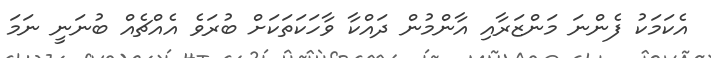
އެކަމަކު ފެންނަ މަންޒަރާއި އާންމުން ދައްކާ ވާހަކަތަކަށް ބުރަވެ އެއްޗެއް ބުނަނީ ނަމަ